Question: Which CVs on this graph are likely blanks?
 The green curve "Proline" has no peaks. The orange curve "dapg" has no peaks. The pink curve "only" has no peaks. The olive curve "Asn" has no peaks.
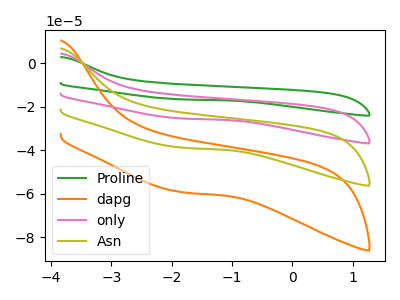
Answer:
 <answer>"Proline", "dapg", "only" and "Asn" are likely to be blanks.</answer>
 <eval>"Proline", "dapg", "only", "Asn"</eval>